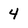
Character: 4